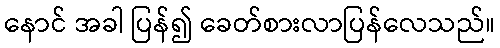
နောင် အခါ ပြန်၍ ခေတ်စားလာပြန်လေသည်။